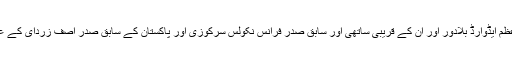
آگسٹا آبدوز اسکینڈل یا کراچی افیئر کے نام سے مشہور ہونے والے اس معاملے میں فرانس کے وزیر اعظم ایڈوارڈ بلادور اور ان کے قریبی ساتھی اور سابق صدر فرانس نکولس سرکوزی اور پاکستان کے سابق صدر آصف زردای کے علاوہ اقوام متحدہ میں پاکستان کی مستقل مندوب ملیحہ لودھی کے بھائی عامر لودھی کا بھی نام شامل تھا۔